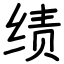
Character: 绩